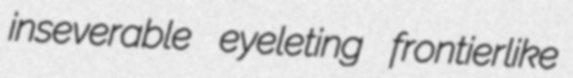
inseverable eyeleting frontierlike